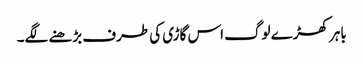
باہر کھڑے لوگ اس گاڑی کی طرف بڑھنے لگے۔